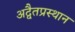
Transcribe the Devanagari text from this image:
अद्वैतप्रस्थान